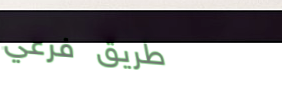
طريق فرعي